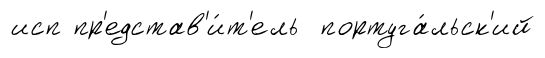
исп пр'едстав'и́т'ель португа́льск'ий